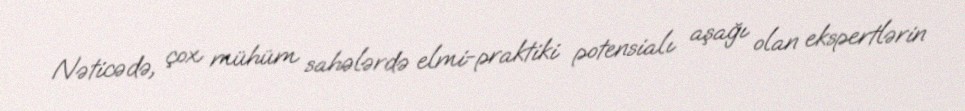
Nəticədə, çox mühüm sahələrdə elmi-praktiki potensialı aşağı olan ekspertlərin